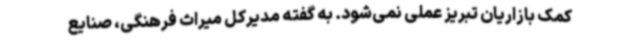
کمک بازاریان تبریز عملی نمی‌شود. به گفته مدیرکل میراث فرهنگی، صنایع